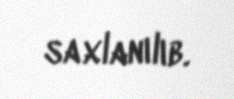
saxlanılıb.